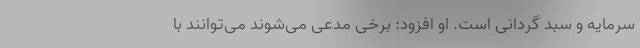
سرمایه و سبد گردانی است. او افزود: برخی مدعی می‌شوند می‌توانند با